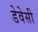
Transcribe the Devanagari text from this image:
डेवेसी